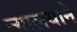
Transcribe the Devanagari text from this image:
न्यालयाने